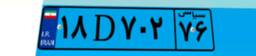
۱۸D۷۰۲۷۶